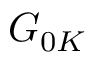
G _ { 0 K }